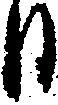
日